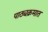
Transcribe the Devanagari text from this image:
पाठ्यक्रमात